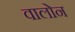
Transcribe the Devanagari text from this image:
वालोन